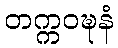
တက္ကဝဍ္ဎနံ